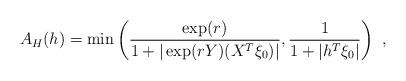
LaTeX: \begin{align*} A_H(h) = \min \left( \frac{\exp(r)}{1+| \exp(rY) ( X^T \xi_0)|}, \frac{1}{1+|h^T \xi_0|} \right)~,\end{align*}